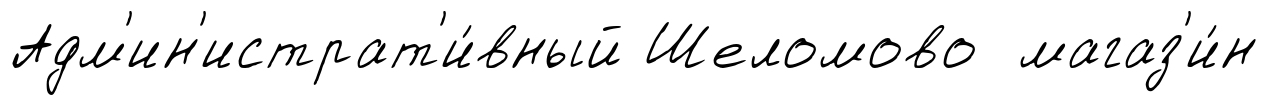
Адм'ин'истрат'и́вный Шеломово магаз'и́н